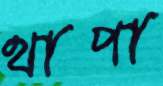
থাপা